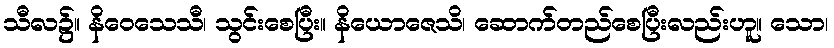
သီလ၌။ နိဝေသေသီ၊ သွင်းစေပြီး။ နိယောဇေသိ၊ ဆောက်တည်စေပြီးလည်းဟူ။ သော၊